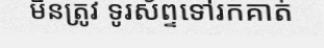
មិនត្រូវ ទូរស័ព្ទទៅរកគាត់